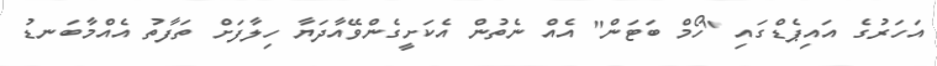
އަހަރުގެ އައިޕެޑްގައި "ހޯމް ބަޓަން" އެއް ނެތުން އެކަށީގެންވޭއާދަޔާ ހިލާފަށް ތަފާތު އެއްމާބަނޑު